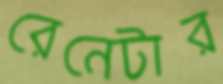
রেনেটার